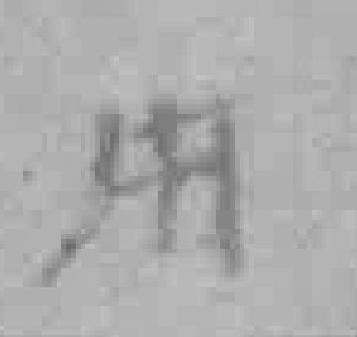
用